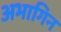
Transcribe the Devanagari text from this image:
अभागिन